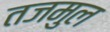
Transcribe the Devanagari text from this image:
तजमुल